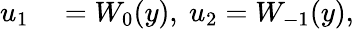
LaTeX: \begin{array}{rl}{u_{1}}&{{}=W_{0}(y),\ u_{2}=W_{-1}(y),}\end{array}